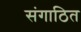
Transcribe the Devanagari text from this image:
संगाठित